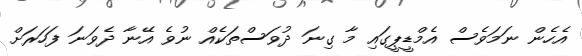
އެހެން ނަމަވެސް އެމްޑީޕީގައި މާ ގިނަ ދުވަސްތަކެއް ނުވެ އޭނާ ދެވަނަ ފަހަރަށް